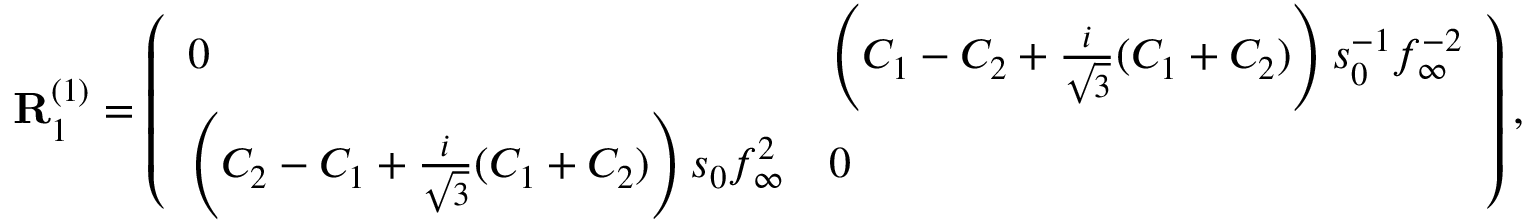
\mathbf { R } _ { 1 } ^ { ( 1 ) } = \left( \begin{array} { l l } { 0 } & { \left( C _ { 1 } - C _ { 2 } + \frac { i } { \sqrt { 3 } } ( C _ { 1 } + C _ { 2 } ) \right) s _ { 0 } ^ { - 1 } f _ { \infty } ^ { - 2 } } \\ { \left( C _ { 2 } - C _ { 1 } + \frac { i } { \sqrt { 3 } } ( C _ { 1 } + C _ { 2 } ) \right) s _ { 0 } f _ { \infty } ^ { 2 } } & { 0 } \end{array} \right) ,